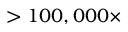
> 1 0 0 , 0 0 0 \times